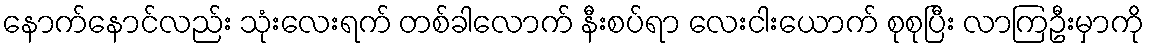
နောက်နောင်လည်း သုံးလေးရက် တစ်ခါလောက် နီးစပ်ရာ လေးငါးယောက် စုစုပြီး လာကြဦးမှာကို